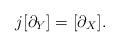
LaTeX: \begin{align*}j[\partial_Y]=[\partial_X].\end{align*}